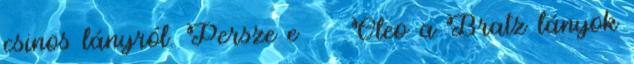
csinos lányról. Persze e . Cleo a Bratz lányok